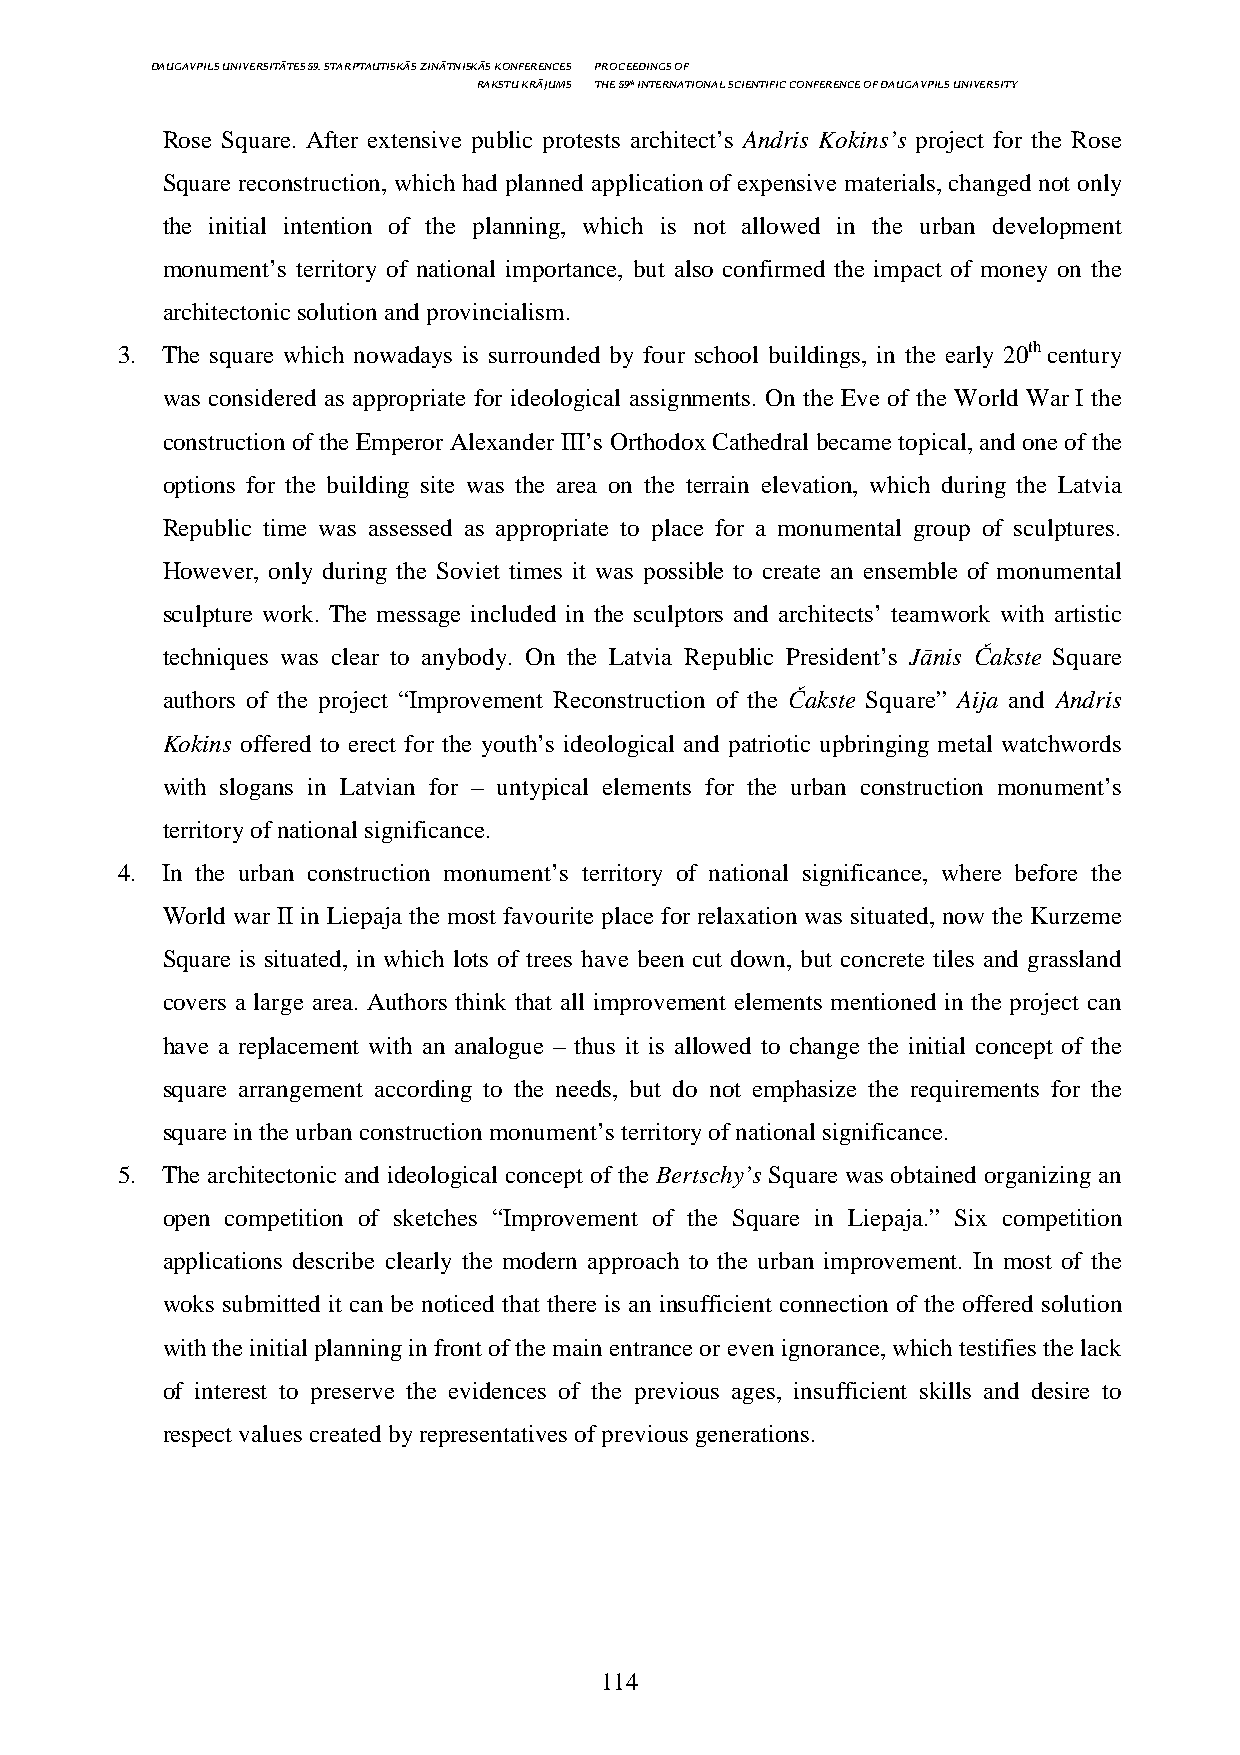
DAUGAVPILS UNIVERSITĀTES 59. STARPTAUTISKĀS ZINĀTNISKĀS KONFERENCES PROCEEDINGS OF
 RAKSTU KRĀJUMS THE 59th INTERNATIONAL SCIENTIFIC CONFERENCE OF DAUGAVPILS UNIVERSITY
 Rose Square. After extensive public protests architect’s Andris Kokins’s project for the Rose
 Square reconstruction, which had planned application of expensive materials, changed not only
 the initial intention of the planning, which is not allowed in the urban development
 monument’s territory of national importance, but also confirmed the impact of money on the
 architectonic solution and provincialism.
 3. The square which nowadays is surrounded by four school buildings, in the early 20th century
 was considered as appropriate for ideological assignments. On the Eve of the World War I the
 construction of the Emperor Alexander III’s Orthodox Cathedral became topical, and one of the
 options for the building site was the area on the terrain elevation, which during the Latvia
 Republic time was assessed as appropriate to place for a monumental group of sculptures.
 However, only during the Soviet times it was possible to create an ensemble of monumental
 sculpture work. The message included in the sculptors and architects’ teamwork with artistic
 techniques was clear to anybody. On the Latvia Republic President’s Jānis Čakste Square
 authors of the project “Improvement Reconstruction of the Čakste Square” Aija and Andris
 Kokins offered to erect for the youth’s ideological and patriotic upbringing metal watchwords
 with slogans in Latvian for – untypical elements for the urban construction monument’s
 territory of national significance.
 4. In the urban construction monument’s territory of national significance, where before the
 World war II in Liepaja the most favourite place for relaxation was situated, now the Kurzeme
 Square is situated, in which lots of trees have been cut down, but concrete tiles and grassland
 covers a large area. Authors think that all improvement elements mentioned in the project can
 have a replacement with an analogue – thus it is allowed to change the initial concept of the
 square arrangement according to the needs, but do not emphasize the requirements for the
 square in the urban construction monument’s territory of national significance.
 5. The architectonic and ideological concept of the Bertschy’s Square was obtained organizing an
 open competition of sketches “Improvement of the Square in Liepaja.” Six competition
 applications describe clearly the modern approach to the urban improvement. In most of the
 woks submitted it can be noticed that there is an insufficient connection of the offered solution
 with the initial planning in front of the main entrance or even ignorance, which testifies the lack
 of interest to preserve the evidences of the previous ages, insufficient skills and desire to
 respect values created by representatives of previous generations.
 114